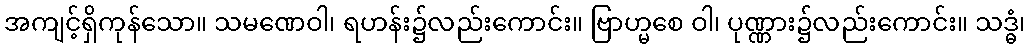
အကျင့်ရှိကုန်သော။ သမဏေဝါ၊ ရဟန်း၌လည်းကောင်း။ ဗြာဟ္မစေ ဝါ၊ ပုဏ္ဏား၌လည်းကောင်း။ သဒ္ဓံ၊